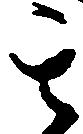
其